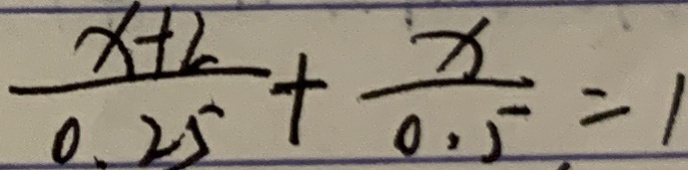
\frac { x + 2 } { 0 . 2 5 } + \frac { x } { 0 . 5 } = 1